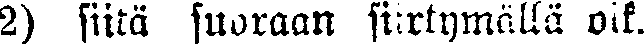
2) siitä suoraan siirtymällä oik.